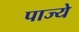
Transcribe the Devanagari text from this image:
पाज्ये